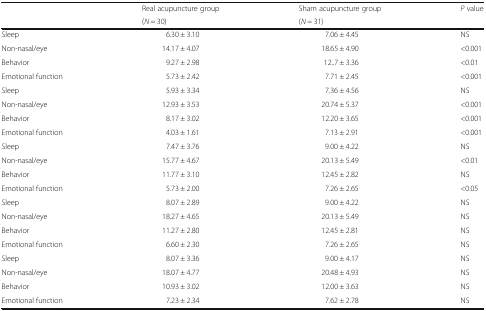
<table><thead><tr><td rowspan="2"></td><td><b>Real acupuncture group</b></td><td><b>Sham acupuncture group</b></td><td rowspan="2"><b><i>P</i> value</b></td></tr><tr><td><b>(<i>N</i> = 30)</b></td><td><b>(<i>N</i> = 31)</b></td></tr></thead><tbody><tr><td>Sleep</td><td>6.30 ± 3.10</td><td>7.06 ± 4.45</td><td>NS</td></tr><tr><td>Non-nasal/eye</td><td>14.17 ± 4.07</td><td>18.65 ± 4.90</td><td>&lt;0.001</td></tr><tr><td>Behavior</td><td>9.27 ± 2.98</td><td>12..7 ± 3.36</td><td>&lt;0.01</td></tr><tr><td>Emotional function</td><td>5.73 ± 2.42</td><td>7.71 ± 2.45</td><td>&lt;0.001</td></tr><tr><td>Sleep</td><td>5.93 ± 3.34</td><td>7.36 ± 4.56</td><td>NS</td></tr><tr><td>Non-nasal/eye</td><td>12.93 ± 3.53</td><td>20.74 ± 5.37</td><td>&lt;0.001</td></tr><tr><td>Behavior</td><td>8.17 ± 3.02</td><td>12.20 ± 3.65</td><td>&lt;0.001</td></tr><tr><td>Emotional function</td><td>4.03 ± 1.61</td><td>7.13 ± 2.91</td><td>&lt;0.001</td></tr><tr><td>Sleep</td><td>7.47 ± 3.76</td><td>9.00 ± 4.22</td><td>NS</td></tr><tr><td>Non-nasal/eye</td><td>15.77 ± 4.67</td><td>20.13 ± 5.49</td><td>&lt;0.01</td></tr><tr><td>Behavior</td><td>11.77 ± 3.10</td><td>12.45 ± 2.82</td><td>NS</td></tr><tr><td>Emotional function</td><td>5.73 ± 2.00</td><td>7.26 ± 2.65</td><td>&lt;0.05</td></tr><tr><td>Sleep</td><td>8.07 ± 2.89</td><td>9.00 ± 4.22</td><td>NS</td></tr><tr><td>Non-nasal/eye</td><td>18.27 ± 4.65</td><td>20.13 ± 5.49</td><td>NS</td></tr><tr><td>Behavior</td><td>11.27 ± 2.80</td><td>12.45 ± 2.81</td><td>NS</td></tr><tr><td>Emotional function</td><td>6.60 ± 2.30</td><td>7.26 ± 2.65</td><td>NS</td></tr><tr><td>Sleep</td><td>8.07 ± 3.36</td><td>9.00 ± 4.17</td><td>NS</td></tr><tr><td>Non-nasal/eye</td><td>18.07 ± 4.77</td><td>20.48 ± 4.93</td><td>NS</td></tr><tr><td>Behavior</td><td>10.93 ± 3.02</td><td>12.00 ± 3.63</td><td>NS</td></tr><tr><td>Emotional function</td><td>7.23 ± 2.34</td><td>7.62 ± 2.78</td><td>NS</td></tr></tbody></table>